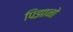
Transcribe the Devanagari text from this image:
पिझानो